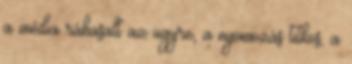
a média ráhasalt az ügyre, a nyomozás titkos, a